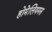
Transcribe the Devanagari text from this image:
होमेलियमस